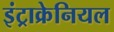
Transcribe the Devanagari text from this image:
इंट्राक्रेनियल